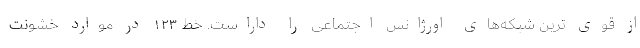
از قوی ترین شبکه‌های اورژانس اجتماعی را داراست. خط ۱۲۳ در موارد خشونت